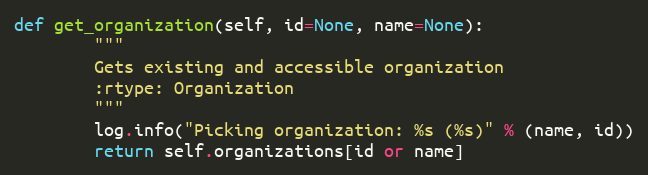
Language: Python
def get_organization(self, id=None, name=None):
        """
        Gets existing and accessible organization
        :rtype: Organization
        """
        log.info("Picking organization: %s (%s)" % (name, id))
        return self.organizations[id or name]